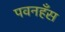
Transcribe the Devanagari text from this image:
पवनहँस